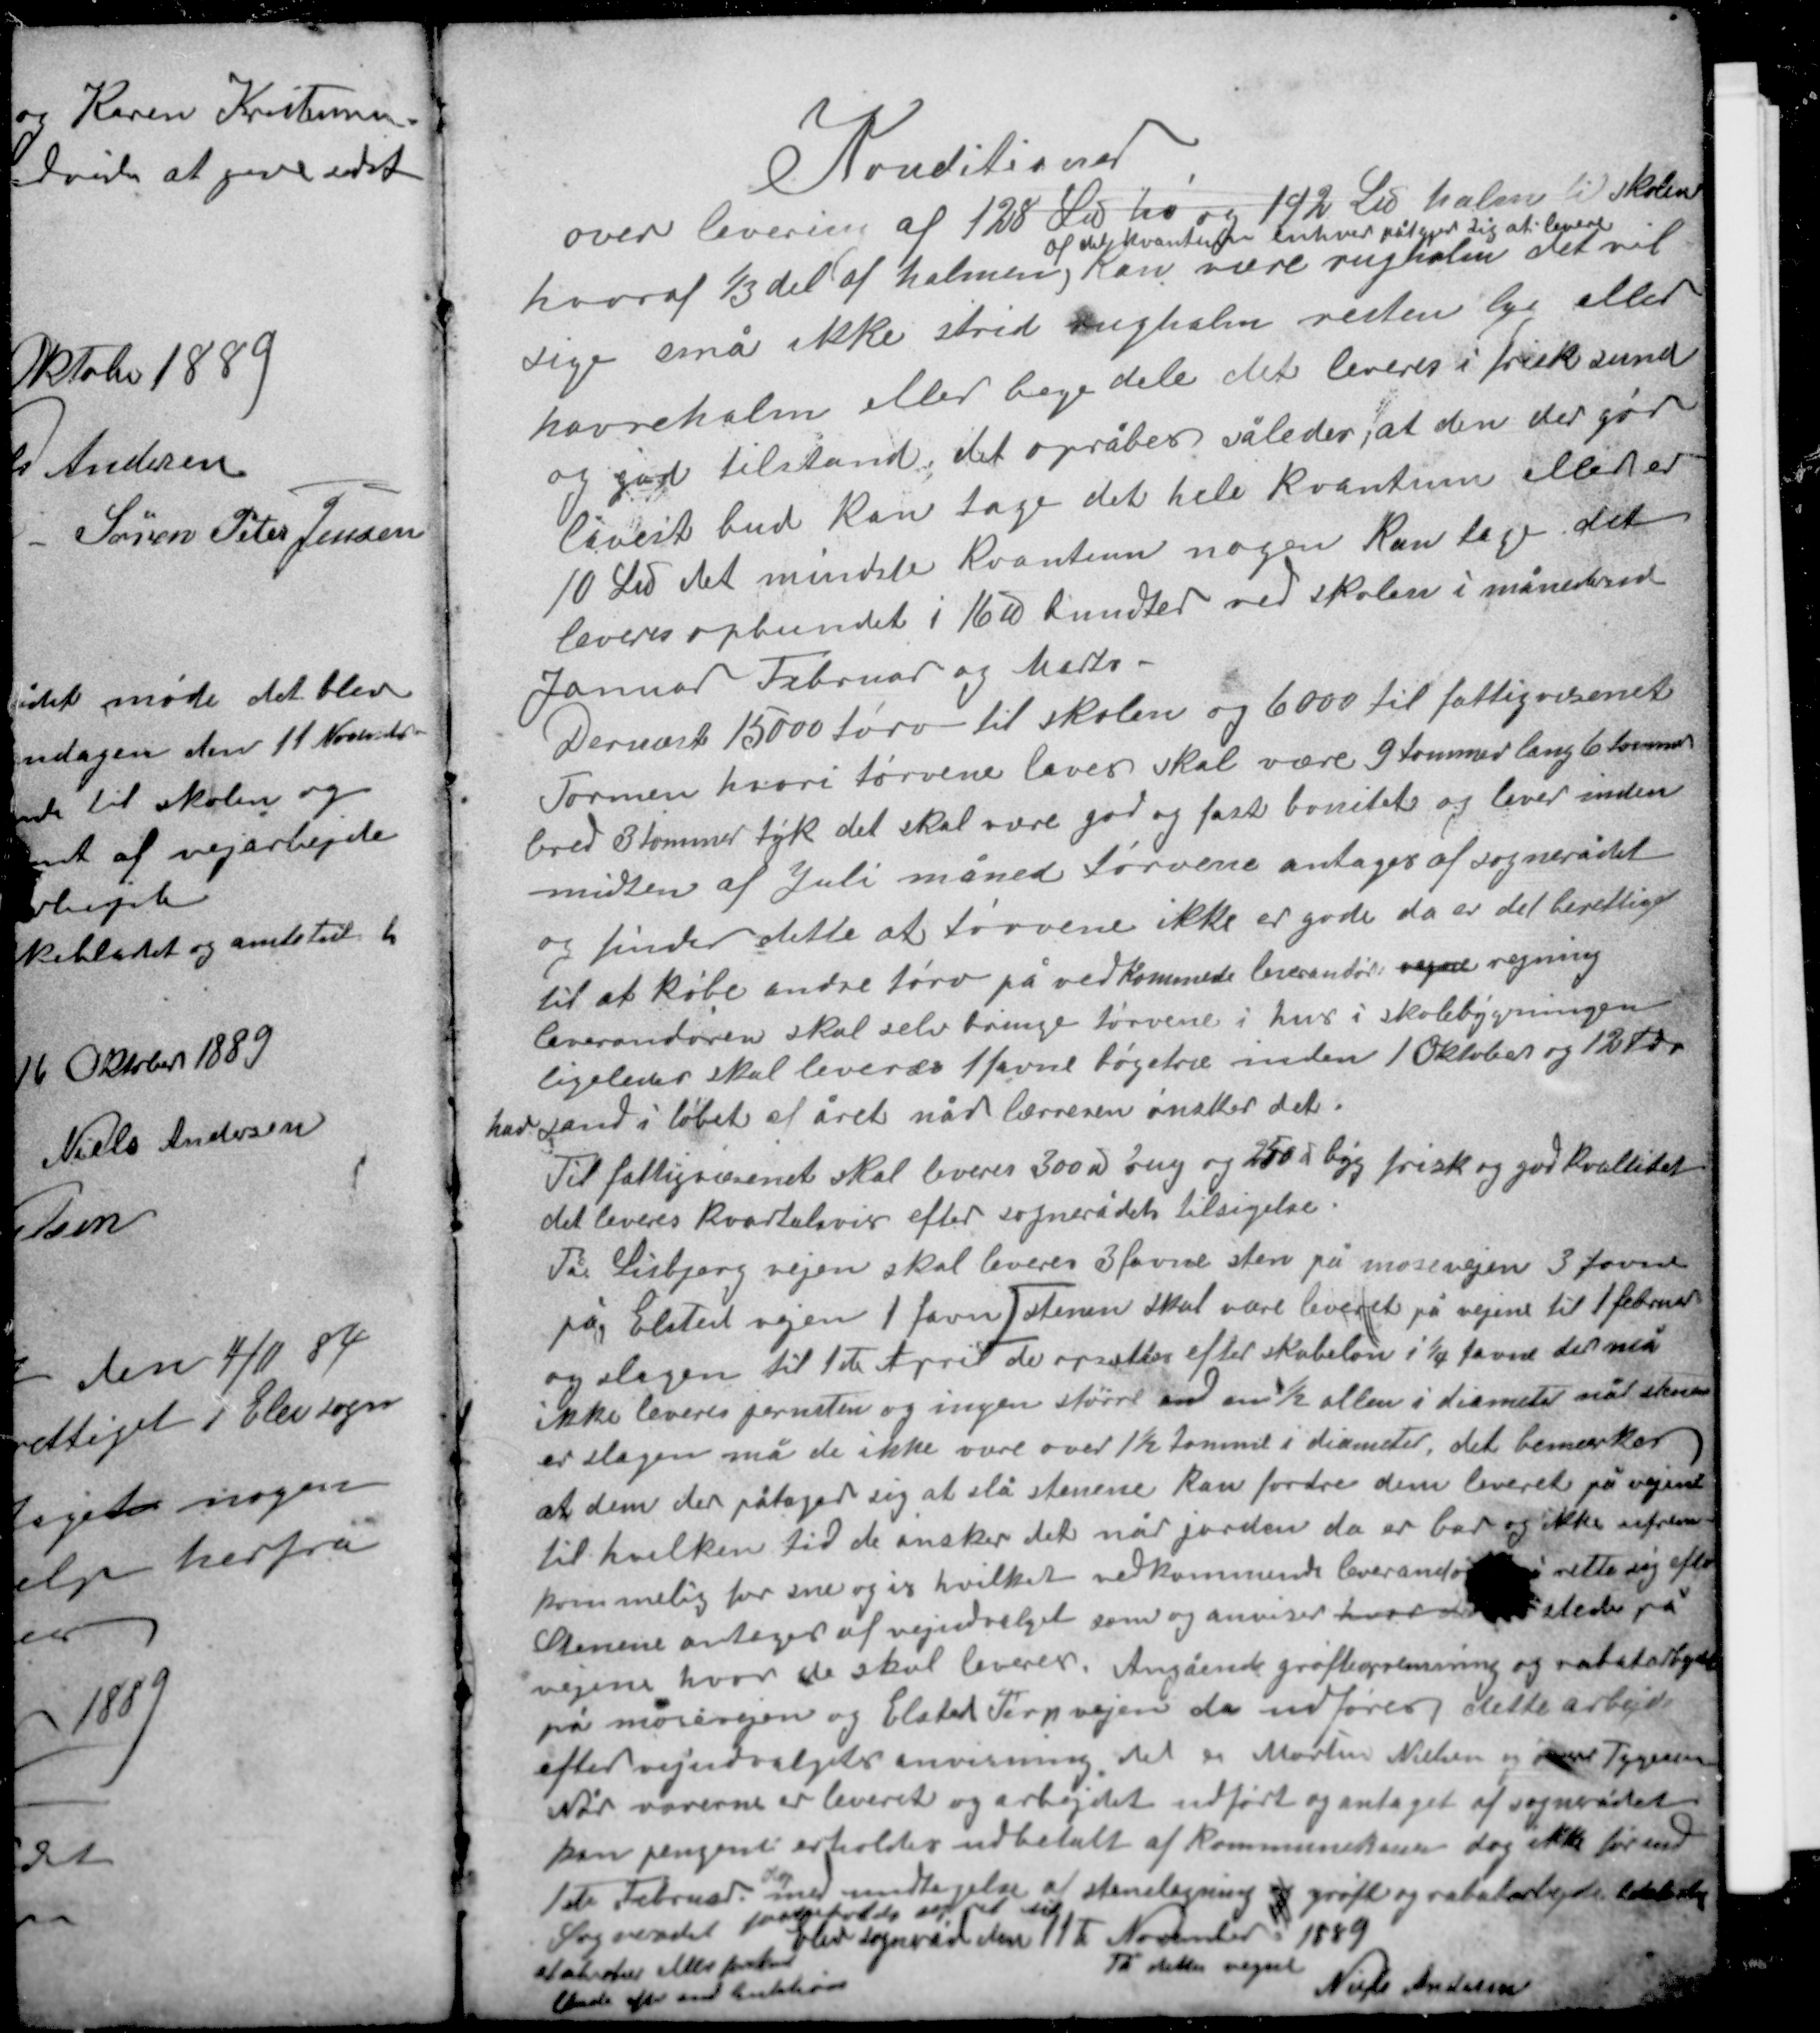
Transskription:
Konditioner
over levering af 128 ℔ hø og 192 ℔ halm til skolen
af det kvantum som enhver påtager sig at levere
hvoraf 1/3 (af halmen) kan være rughalm det vil
sige små ikke strid rughalm resten byg eller
havrehalm eller bege dele det leveres i frisk sund
og god tilstand det opråbes således, at den der gør
lavest bud kan tage det hele kvantum ellers er
10 ℔ det mindste kvantum nogen kan tage det
leveres opbundet i 16 ℔ bundter ved skolen i månederne
Januar Februar og Marts.

Dernæst 15000 tørv til skolen og 6000 til fattigvæsenet
Formen hvori tørvene laves skal være 9 tommer lang 6 tommer
bred 3 tommer tyk det skal være god og fast bonitet og lever inden
midten af Juli måned Tørvene antages af sognerådet
og finder dette at tørvene ikke er gode da er det berettiget
til at købe andre tørv på vedkommende leverandørs regne regning
leverandøren skal selv bringe tørvene i hus i skolebygningen
ligeledes skal leveres 1 favne bøgetræ inden 1. oktober og 12 td.
havsand i løbet af året når læreren ønsker det.
Til fattigvæsenet skal leveres 300 ℔ rug og 250 ℔ byg frisk og god kvalitet
det leveres kvartalsvis efter sognerådets tilsigelse.

Til Lisbjerg vejen skal leveres 3 favne sten på mosevejen 3 favne
på Elsted vejen 1 favn stenen skal være leveret på vejene til 1 februar
og slagen til 1ste April de opsættes efter skabelon i 1/4 favne der må
ikke leveres jernsten og ingen større end en ½ allen i diameter når stenen
er slagen må de ikke være over 1½ tomme i diameter, det bemærkes
at dem der påtager sig at slå stenene kan fordre dem leveret på vejene
til hvilken tid de ønsker det når jorden da er bar og ikke ufrem-
kommelig for sne og is hvilket vedkommende leverandør må rette sig efter
Stenene antages af vejudvalget som og anviser hvordan steder på
vejene hvor de skal leveres. Angående grøfteoprensning og rabatarbejde
på mosevejen og Elsted Terp vejen da udføres dette arbejde
efter vejudvalgets anvisning det er Morten Nielsen og Iver Tygesen
Når varerne er leveret og arbejdet udført og antaget af sognerådet
kan pengene erholdes udbetalt af kommunekassen dog ikke førend
1ste Februar med undtagelse af stenslagning og grøft og rabatarbejde
forbeholder sig ret til

Elev sogneråd den 11te November 1889
På dettes vegne
Niels Andersen

Sognerådet
at akordere eller forkaste